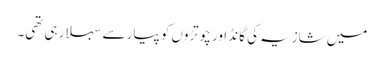
میں شازیہ کی گانڈ اور چوتڑوں کو پیار سے سہلا رہی تھی۔